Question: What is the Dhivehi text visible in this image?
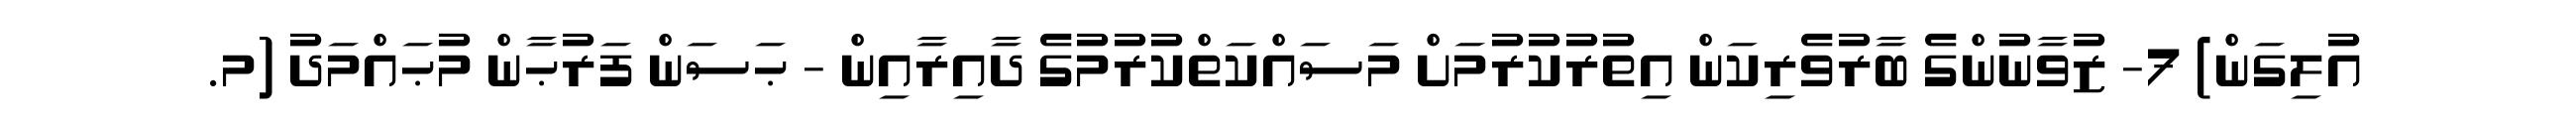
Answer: އުލިގަން) 7- ޒުވާނުންގެ ބާރުވެރިކަން އިތުރުކުރުމަށް މަސައްކަތްކުރުމުގެ ދާއިރާއިން - ޙަސަން ފަރުޙާން މުޙައްމަދު (މ.